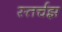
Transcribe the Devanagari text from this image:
स्तर्चझ